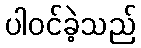
ပါဝင်ခဲ့သည်